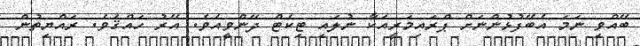
ބޭއްވި ނަމަ އެބޭފުޅުންނަށް ޕްރައިމަރީއަކާ ނުލައި ޓިކެޓް ދޭންވީއެވެ. އޭރު ހައްޤެވެ. ރައްޔިތުން